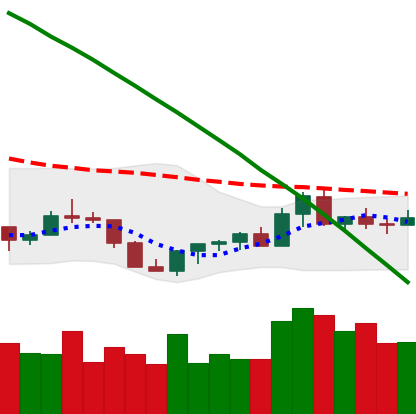
Ticker: XLM-USD
Chart end date: 2022-07-24
Forward return: 3.84%
Label: up_3_5